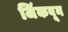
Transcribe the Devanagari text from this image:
जिंकवून